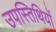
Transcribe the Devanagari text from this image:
उपस्तिथियों